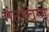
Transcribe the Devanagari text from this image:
गुंतविणे